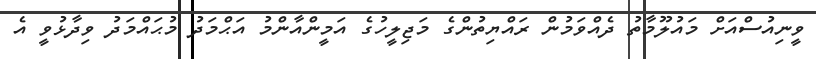
ވީނިއުސްއަށް މައުލޫމާތު ދެއްވަމުން ރައްޔިތުންގެ މަޖިލީހުގެ އަމީންއާންމު އަޙްމަދު މުޙައްމަދު ވިދާޅުވީ އެ